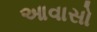
આવાસો